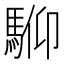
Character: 𩣍